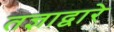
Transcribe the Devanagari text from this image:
तज्ञाद्वारे